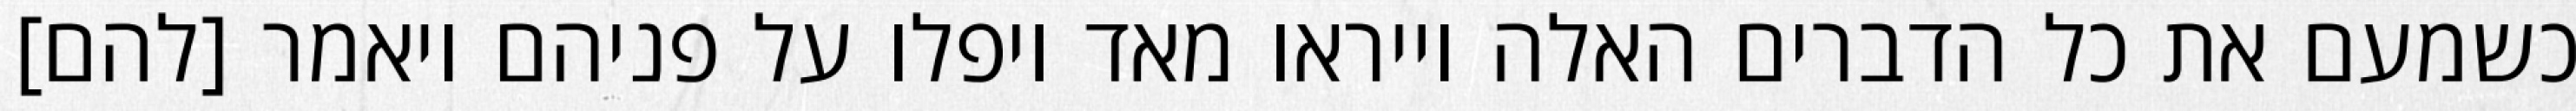
כשמעם את כל הדברים האלה וייראו מאד ויפלו על פניהם ויאמר [להם]